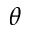
\theta